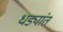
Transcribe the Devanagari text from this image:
धड्यांत